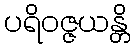
ပရိဝဇ္ဇယန္တိ